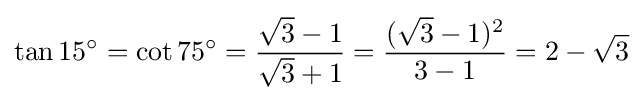
\tan 15^{\circ }=\cot 75^{\circ }={\frac {{\sqrt {3}}-1}{{\sqrt {3}}+1}}={\frac {({\sqrt {3}}-1)^{2}}{3-1}}=2-{\sqrt {3}}